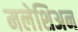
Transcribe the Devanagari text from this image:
मलेशिअन